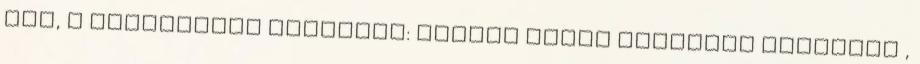
Íme, a változások Érkeztek: Márkus Gábor Parndorf Ausztria ,